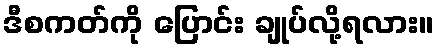
ဒီစကတ်ကို ပြောင်း ချုပ်လို့ရလား။